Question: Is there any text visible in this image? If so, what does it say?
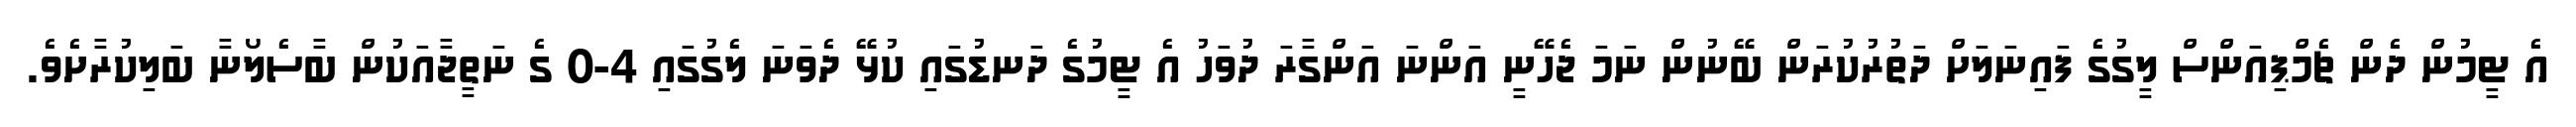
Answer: އެ ޓީމުން ދެން ޗެމްޕިއަންސް ލީގުގެ ފައިނަލަށް ދަތުރުކުރަން ބޭނުން ނަމަ ޖެހޭނީ އަންނަ އަންގާރަ ދުވަހު އެ ޓީމުގެ ދަނޑުގައި ކުޅޭ ދެވަނަ ލެގުގައި 4-0 ގެ ނަތީޖާއަކުން ބާސެލޯނާ ބަލިކުރާށެވެ.